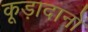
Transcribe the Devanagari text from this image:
कूड़ादानों